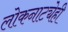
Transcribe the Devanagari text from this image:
लोकनाट्येही